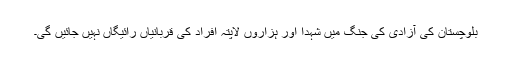
بلوچستان کی آزادی کی جنگ میں شہدا اور ہزاروں لاپتہ افراد کی قربانیاں رائیگاں نہیں جائیں گی۔